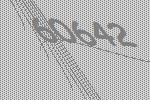
60642